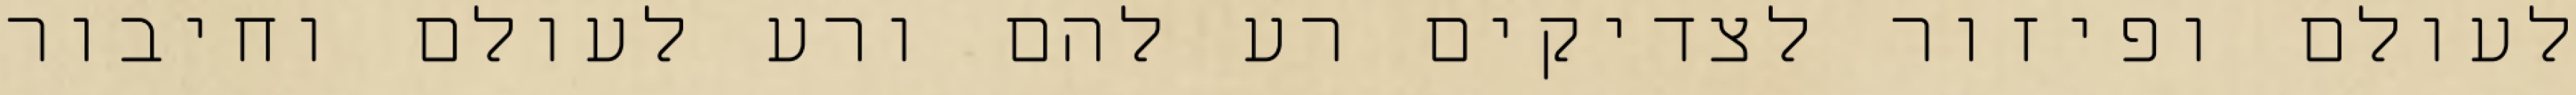
לעולם ופיזור לצדיקים רע להם ורע לעולם וחיבור